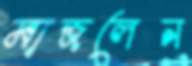
মাজলেন